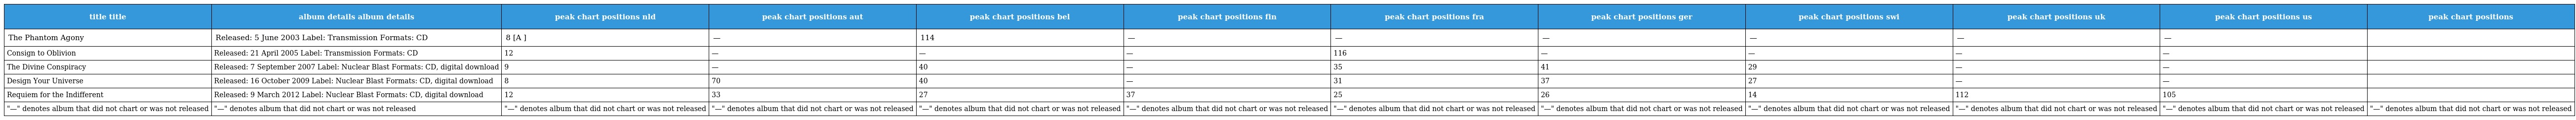
| title title | album details album details | peak chart positions nld | peak chart positions aut | peak chart positions bel | peak chart positions fin | peak chart positions fra | peak chart positions ger | peak chart positions swi | peak chart positions uk | peak chart positions us | peak chart positions |
 | --- | --- | --- | --- | --- | --- | --- | --- | --- | --- | --- | --- |
 | The Phantom Agony | Released: 5 June 2003 Label: Transmission Formats: CD | 8 [A ] | — | 114 | — | — | — | — | — | — |  |
 | Consign to Oblivion | Released: 21 April 2005 Label: Transmission Formats: CD | 12 | — | — | — | 116 | — | — | — | — |  |
 | The Divine Conspiracy | Released: 7 September 2007 Label: Nuclear Blast Formats: CD, digital download | 9 | — | 40 | — | 35 | 41 | 29 | — | — |  |
 | Design Your Universe | Released: 16 October 2009 Label: Nuclear Blast Formats: CD, digital download | 8 | 70 | 40 | — | 31 | 37 | 27 | — | — |  |
 | Requiem for the Indifferent | Released: 9 March 2012 Label: Nuclear Blast Formats: CD, digital download | 12 | 33 | 27 | 37 | 25 | 26 | 14 | 112 | 105 |  |
 | "—" denotes album that did not chart or was not released | "—" denotes album that did not chart or was not released | "—" denotes album that did not chart or was not released | "—" denotes album that did not chart or was not released | "—" denotes album that did not chart or was not released | "—" denotes album that did not chart or was not released | "—" denotes album that did not chart or was not released | "—" denotes album that did not chart or was not released | "—" denotes album that did not chart or was not released | "—" denotes album that did not chart or was not released | "—" denotes album that did not chart or was not released | "—" denotes album that did not chart or was not released |